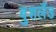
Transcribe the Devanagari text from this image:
बुशलैंड